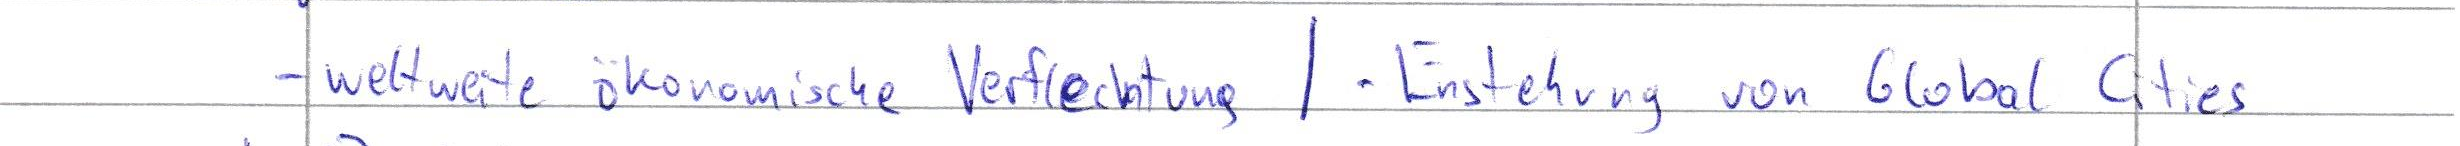
- weltweite ökonomische Verflechtung / - Entstehung von Global Cities